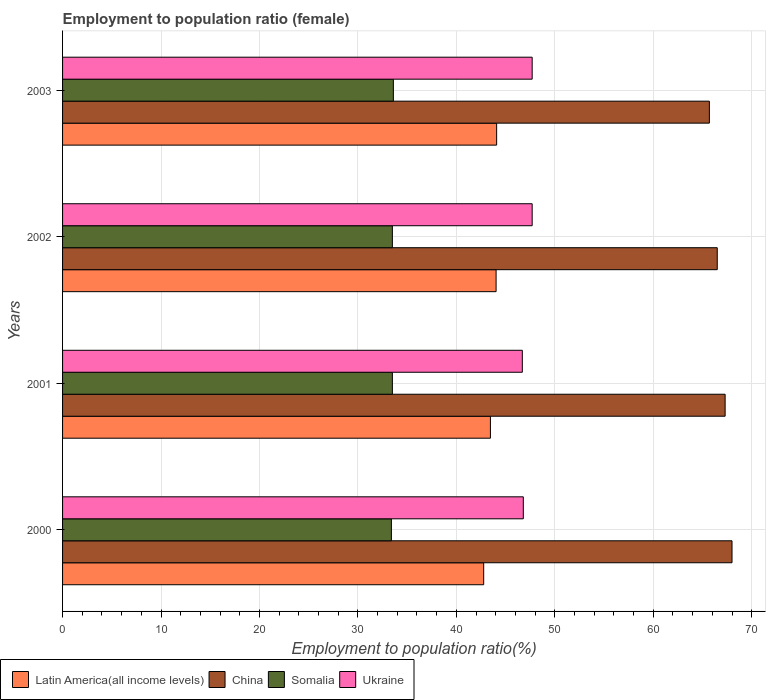
| Years | Latin America(all income levels) | China | Somalia | Ukraine |
 | --- | --- | --- | --- | --- |
 | 2000 | 42.8 | 68 | 33.4 | 46.8 |
 | 2001 | 43.5 | 67.3 | 33.5 | 46.7 |
 | 2002 | 44 | 66.5 | 33.5 | 47.7 |
 | 2003 | 44.1 | 65.7 | 33.6 | 47.7 |